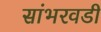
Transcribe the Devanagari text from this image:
सांभरवडी